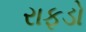
રાફડો